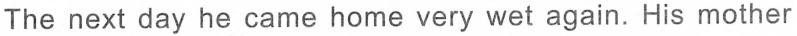
The next day he came home very wet again.His mother